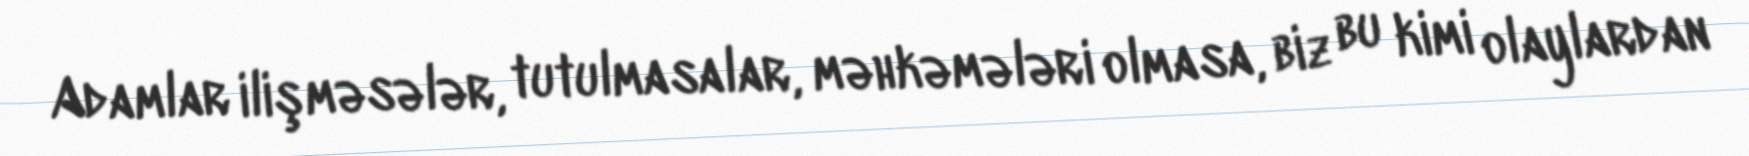
Adamlar ilişməsələr, tutulmasalar, məhkəmələri olmasa, biz bu kimi olaylardan